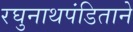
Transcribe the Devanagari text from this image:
रघुनाथपंडिताने